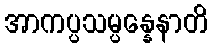
အာကပ္ပသမ္ပန္နေနာတိ